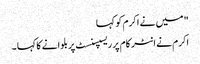
" میں نے اکرم کو کہا
اکرم نے انٹر کام پر ریسپسنسٹ پر بلوانے کا کہا ۔